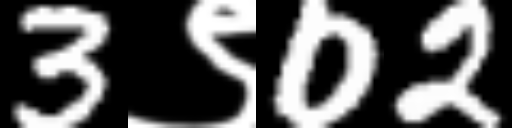
Text: 3९02